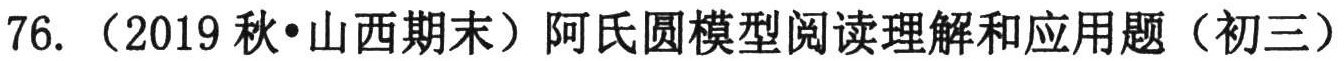
76. （2019秋•山西期末）阿氏圆模型阅读理解和应用题（初三）